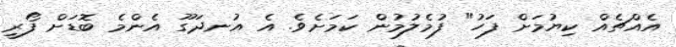
އެެއްޗެއް ކިޔުމަށް ފަހު" ފުމެލުމުން ކަމަށެވެ. އެ އުނދަގޫ އެންމެ ބޮޑަށް ފޯރީ